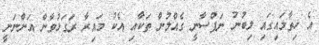
އެ ހިތާމައިގައި ލިބުނު ނަފްސާނީ ގެއްލުން ތަކާއި އެކު މައިރާ ރަގަޅުވާން އަންނަނީ